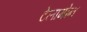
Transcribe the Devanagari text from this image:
टेलामोन